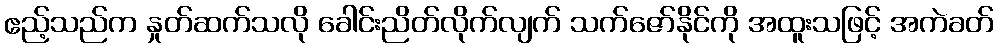
ဧည့်သည်က နှုတ်ဆက်သလို ခေါင်းညိတ်လိုက်လျက် သက်ဇော်နိုင်ကို အထူးသဖြင့် အကဲခတ်